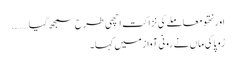
اور نتھو معاملے کی نزاکت اچھی طرح سمجھ گیا……..
رُوپا کی ماں نے رونی آواز میں کہا۔